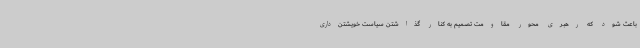
باعث شود که رهبری محور مقاومت تصمیم به کنار گذاشتن سیاست خویشتن‌داری